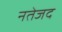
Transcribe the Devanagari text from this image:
नतेजद